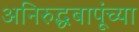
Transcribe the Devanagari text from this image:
अनिरुद्धबापूंच्या